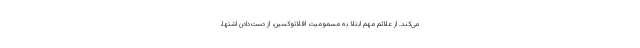
می‌کند. از علائم مهم ابتلا به مسمومیت افلاتوکسین، از دست‌دادن اشتها،